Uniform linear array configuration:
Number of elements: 24
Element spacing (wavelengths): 0.75
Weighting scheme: binomial
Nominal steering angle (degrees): -15
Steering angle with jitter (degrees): -15.526
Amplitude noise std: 0.05
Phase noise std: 0.05

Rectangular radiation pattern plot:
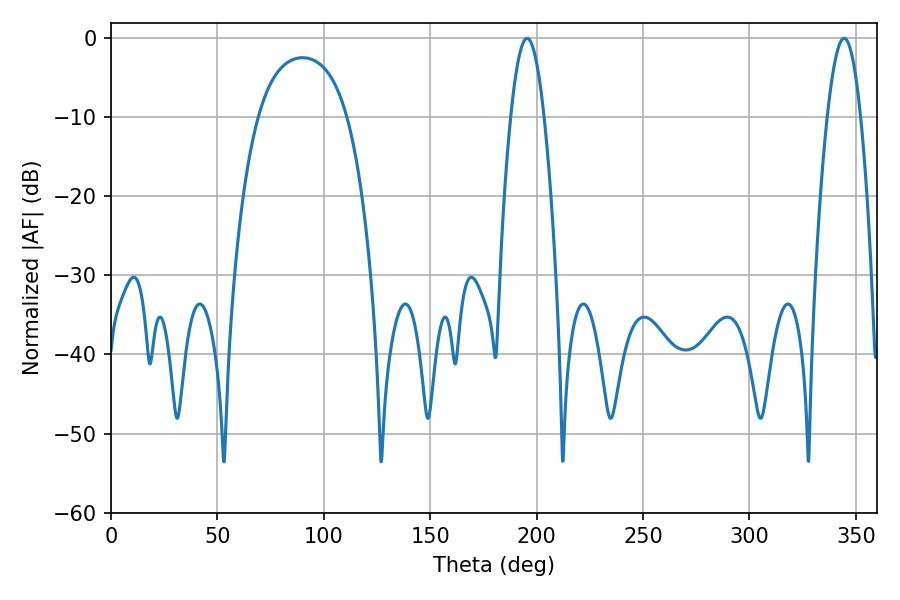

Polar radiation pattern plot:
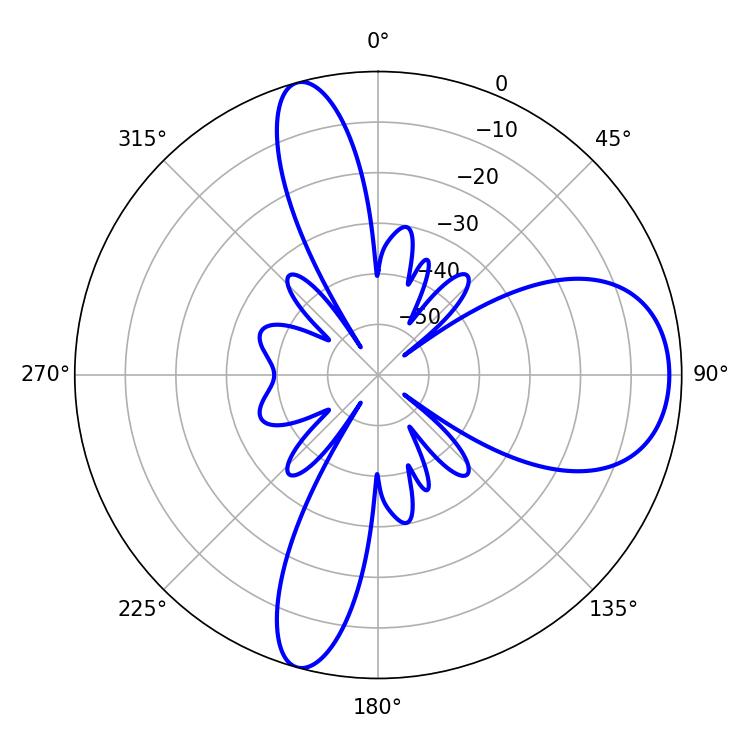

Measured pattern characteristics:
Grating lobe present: TRUE
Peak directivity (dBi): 10.027
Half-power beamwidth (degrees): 8.46
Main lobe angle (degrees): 195.48